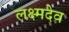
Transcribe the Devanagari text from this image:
लक्ष्मदेव